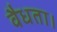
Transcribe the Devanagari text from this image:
वैधता।